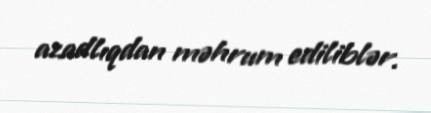
azadlıqdan məhrum ediliblər.